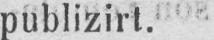
publizirt.